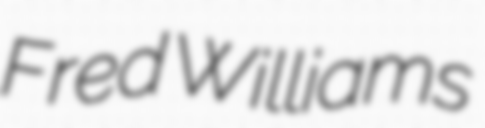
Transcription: Fred Williams